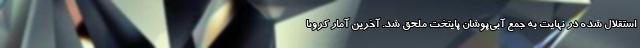
استقلال شده در نهایت به جمع آبی‌پوشان پایتخت ملحق شد. آخرین آمار کرونا